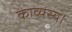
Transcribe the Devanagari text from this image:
काव्यस्य।